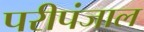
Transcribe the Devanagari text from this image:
परीपंजाल